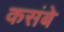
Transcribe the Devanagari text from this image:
कसंबे